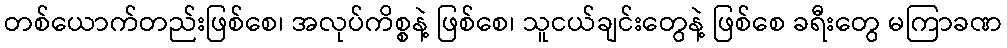
တစ်ယောက်တည်းဖြစ်စေ၊ အလုပ်ကိစ္စနဲ့ ဖြစ်စေ၊ သူငယ်ချင်းတွေနဲ့ ဖြစ်စေ ခရီးတွေ မကြာခဏ